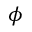
\phi